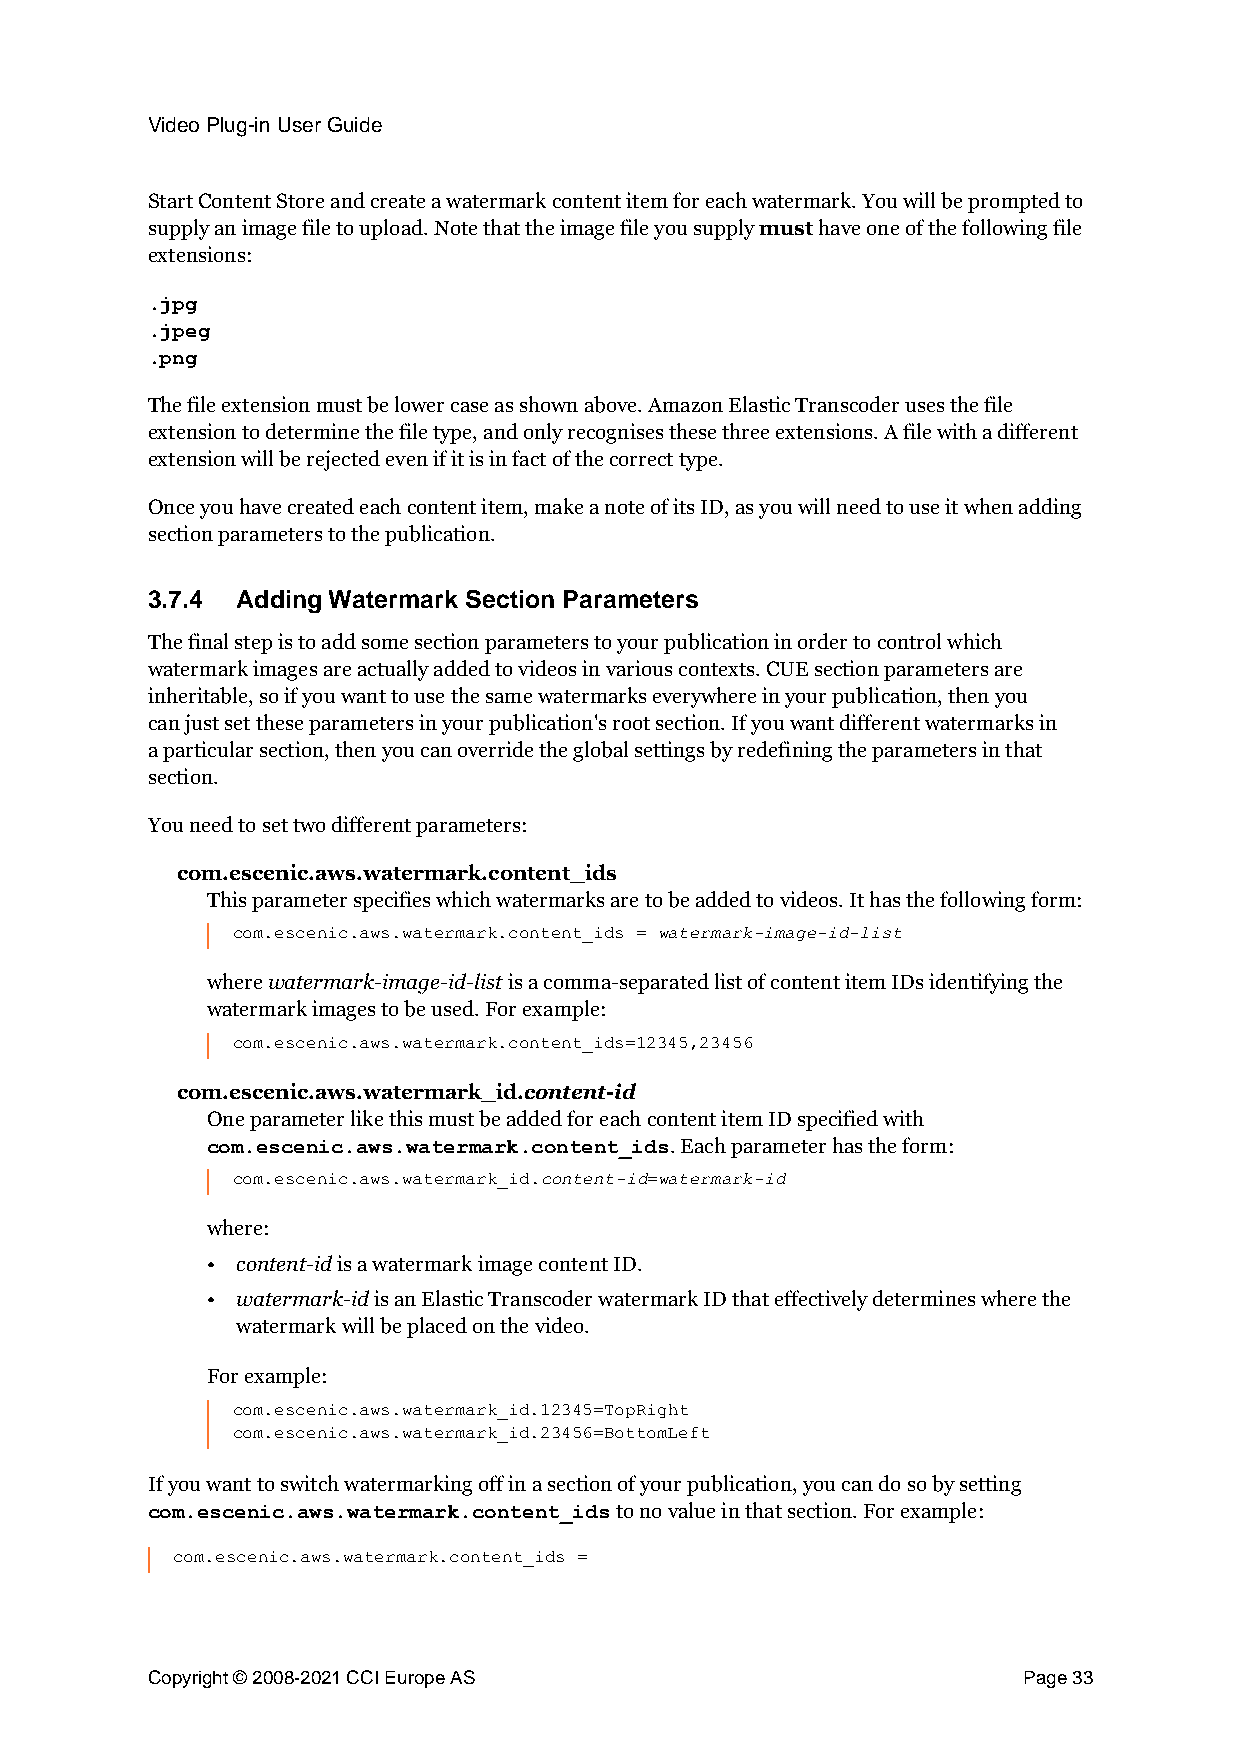
Video Plug-in User Guide
 Start Content Store and create a watermark content item for each watermark. You will be prompted to
 supply an image file to upload. Note that the image file you supply must have one of the following file
 extensions:
 .jpg
 .jpeg
 .png
 The file extension must be lower case as shown above. Amazon Elastic Transcoder uses the file
 extension to determine the file type, and only recognises these three extensions. A file with a different
 extension will be rejected even if it is in fact of the correct type.
 Once you have created each content item, make a note of its ID, as you will need to use it when adding
 section parameters to the publication.
 3.7.4 Adding Watermark Section Parameters
 The final step is to add some section parameters to your publication in order to control which
 watermark images are actually added to videos in various contexts. CUE section parameters are
 inheritable, so if you want to use the same watermarks everywhere in your publication, then you
 can just set these parameters in your publication's root section. If you want different watermarks in
 a particular section, then you can override the global settings by redefining the parameters in that
 section.
 You need to set two different parameters:
 com.escenic.aws.watermark.content_ids
 This parameter specifies which watermarks are to be added to videos. It has the following form:
 watermark-image-id-list
 com.escenic.aws.watermark.content_ids =
 where watermark-image-id-list is a comma-separated list of content item IDs identifying the
 watermark images to be used. For example:
 com.escenic.aws.watermark.content_ids=12345,23456
 com.escenic.aws.watermark_id.content-id
 One parameter like this must be added for each content item ID specified with
 . Each parameter has the form:
 com.escenic.aws.watermark.content_ids
 content-id watermark-id
 com.escenic.aws.watermark_id. =
 where:
 • content-id is a watermark image content ID.
 • watermark-id is an Elastic Transcoder watermark ID that effectively determines where the
 watermark will be placed on the video.
 For example:
 com.escenic.aws.watermark_id.12345=TopRight
 com.escenic.aws.watermark_id.23456=BottomLeft
 If you want to switch watermarking off in a section of your publication, you can do so by setting
 to no value in that section. For example:
 com.escenic.aws.watermark.content_ids
 com.escenic.aws.watermark.content_ids =
 Copyright © 2008-2021 CCI Europe AS                       Page 33